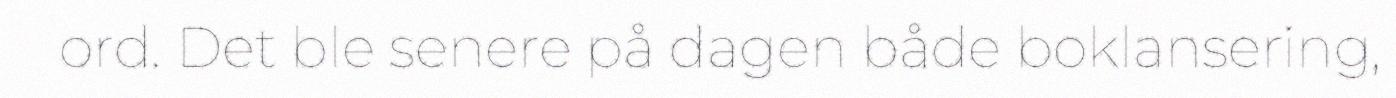
ord. Det ble senere på dagen både boklansering,